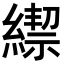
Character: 𦄜